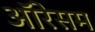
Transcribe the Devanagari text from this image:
ऑरेसम